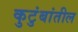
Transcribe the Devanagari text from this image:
कुटुंबांतील